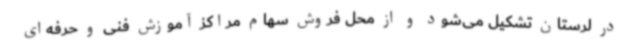
در لرستان تشکیل می‌شود و از محل فروش سهام مراکز آموزش فنی و حرفه‌ای